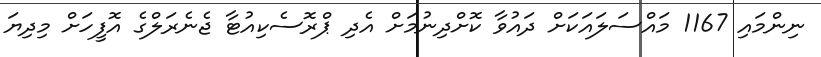
ނިންމައި 1167 މައްސަލައަކަށް ދައުވާ ކޮށްދިނުމަށް އެދި ޕްރޮސެކިއުޓާ ޖެނެރަލްގެ އޮފީހަށް މިދިޔަ